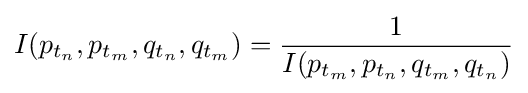
I(p_{t_{n}},p_{t_{m}},q_{t_{n}},q_{t_{m}})={\frac {1}{I(p_{t_{m}},p_{t_{n}},q_{t_{m}},q_{t_{n}})}}